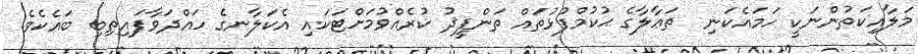
މަލާއިކަތުންނަކީ ހަމައެކަނި  ތަޢާލާގެ ޙުކުމްފުޅުތައް ތަންފީޛު ކުރެއްވުމަށްޓަކައި އެކަލާނގެ ހައްދަވާފައިތިބި ބައެކެވެ.